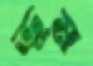
ভূম